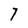
Character: 7